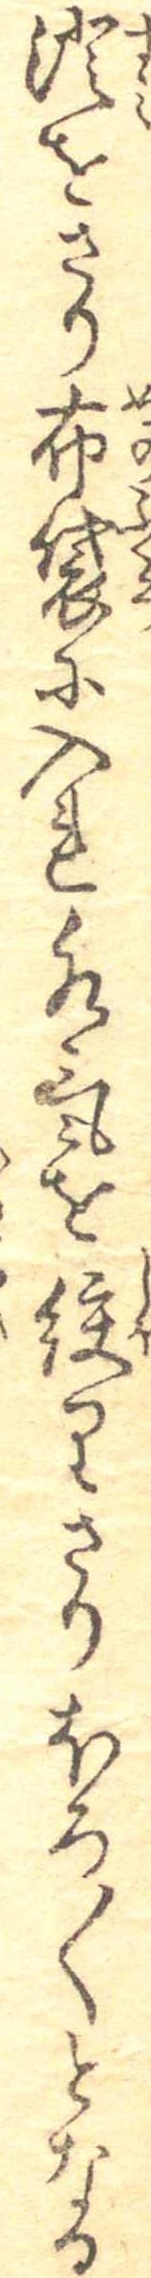
澄をさり布袋に入れ水気を絞りさりほろ〱となる